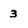
Character: 3